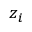
z _ { i }